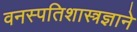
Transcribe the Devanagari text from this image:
वनस्पतिशास्त्रज्ञाने